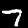
Digit: 7